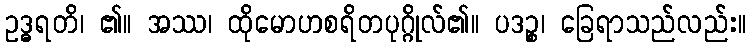
ဥဒ္ဓရတိ၊ ၏။ အဿ၊ ထိုမောဟစရိတပုဂ္ဂိုလ်၏။ ပဒဉ္စ၊ ခြေရာသည်လည်း။